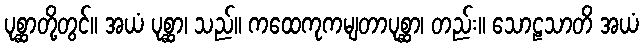
ပုစ္ဆာတို့တွင်။ အယံ ပုစ္ဆာ၊ သည်။ ကထေကုကမျတာပုစ္ဆာ၊ တည်း။ သောဠသာတိ အယံ